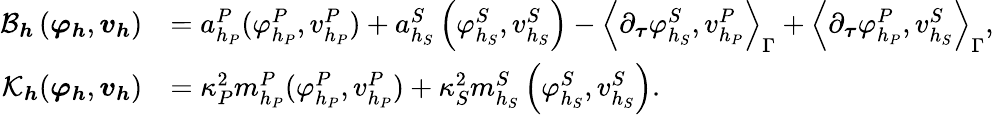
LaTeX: \begin{array}{rl}{\mathcal{B}_{\boldsymbol{h}}\left(\boldsymbol{\varphi}_{\boldsymbol{h}},\boldsymbol{v}_{\boldsymbol{h}}\right)}&{=a_{h_{P}}^{P}(\varphi_{h_{P}}^{P},v_{h_{P}}^{P})+a_{h_{S}}^{S}\left(\varphi_{h_{S}}^{S},v_{h_{S}}^{S}\right)-\left\langle\partial_{\boldsymbol{\tau}}\varphi_{h_{S}}^{S},v_{h_{P}}^{P}\right\rangle_{\Gamma}+\left\langle\partial_{\boldsymbol{\tau}}\varphi_{h_{P}}^{P},v_{h_{S}}^{S}\right\rangle_{\Gamma},}\\ {\mathcal{K}_{\boldsymbol{h}}(\boldsymbol{\varphi}_{\boldsymbol{h}},\boldsymbol{v}_{\boldsymbol{h}})}&{=\kappa_{P}^{2}m_{h_{P}}^{P}(\varphi_{h_{P}}^{P},v_{h_{P}}^{P})+\kappa_{S}^{2}m_{h_{S}}^{S}\left(\varphi_{h_{S}}^{S},v_{h_{S}}^{S}\right).}\end{array}